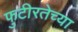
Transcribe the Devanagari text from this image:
फुटीरतेच्या